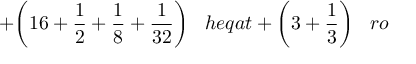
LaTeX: + { \bigg ( } 1 6 + { \frac { 1 } { 2 } } + { \frac { 1 } { 8 } } + { \frac { 1 } { 3 2 } } { \bigg ) } \; \; \; h e q a t + { \bigg ( } 3 + { \frac { 1 } { 3 } } { \bigg ) } \; \; \; r o